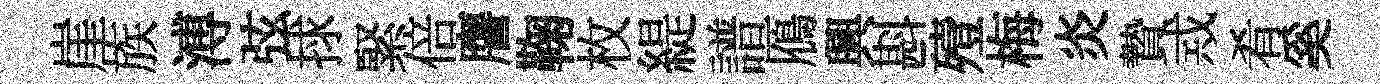
崖族溥弦捄緊倍譍鞠枚緹譜鴈興斟殪梅炎贄𢦶肴奚